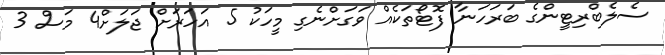
ސެލެބްރިޓީންގެ ބަރަހަނާ ފޮޓޯތަކެއް ވަގަށްނެގި މީހަކު 5 އަހަރަށް ޖަލަށް4 މަސް 3